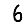
Digit: 6